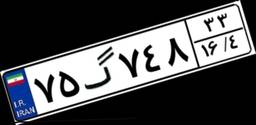
۹۲گ۲۹۵۸۶